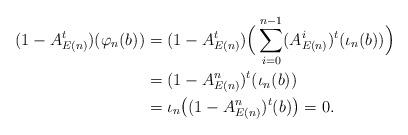
LaTeX: \begin{align*} (1-A_{E(n)}^t) (\varphi_n(b)) &= (1-A_{E(n)}^t) \Big(\sum_{i=0}^{n-1} (A_{E(n)}^i)^t (\iota_n(b)) \Big) \\ &= (1-A_{E(n)}^n)^t (\iota_n(b)) \\ &= \iota_n \big( (1 - A_{E(n)}^n)^t (b) \big)= 0. \end{align*}